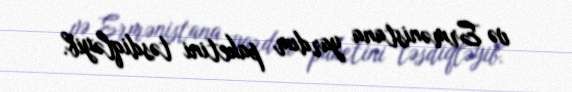
və Ermənistana yardım paketini təsdiqləyib.